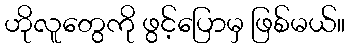
ဟိုလူတွေကို ဖွင့်ပြောမှ ဖြစ်မယ်။